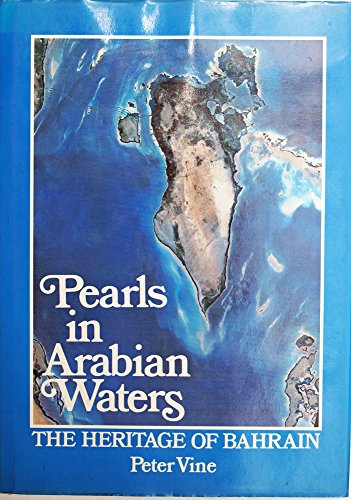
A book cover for PEARLS IN ARABIAN WATERS. The Heritage of Bahrain.; Peter Vine; History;